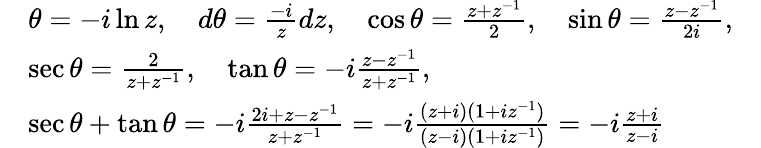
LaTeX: {\begin{array}{rl}&{\theta=-i\ln z,\quad d\theta={\frac{-i}{z}}dz,\quad\cos\theta={\frac{z+z^{-1}}{2}},\quad\sin\theta={\frac{z-z^{-1}}{2i}},\quad}\\ &{\sec\theta={\frac{2}{z+z^{-1}}},\quad\tan\theta=-i{\frac{z-z^{-1}}{z+z^{-1}}},\quad}\\ &{\sec\theta+\tan\theta=-i{\frac{2i+z-z^{-1}}{z+z^{-1}}}=-i{\frac{(z+i)(1+iz^{-1})}{(z-i)(1+iz^{-1})}}=-i{\frac{z+i}{z-i}}}\end{array}}